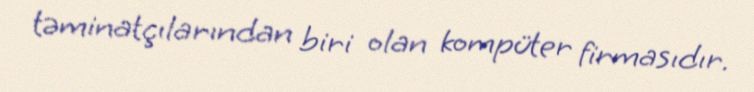
təminatçılarından biri olan kompüter firmasıdır.